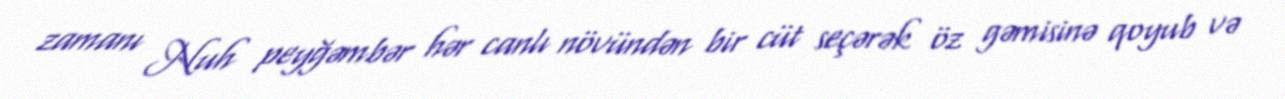
zamanı Nuh peyğəmbər hər canlı növündən bir cüt seçərək öz gəmisinə qoyub və